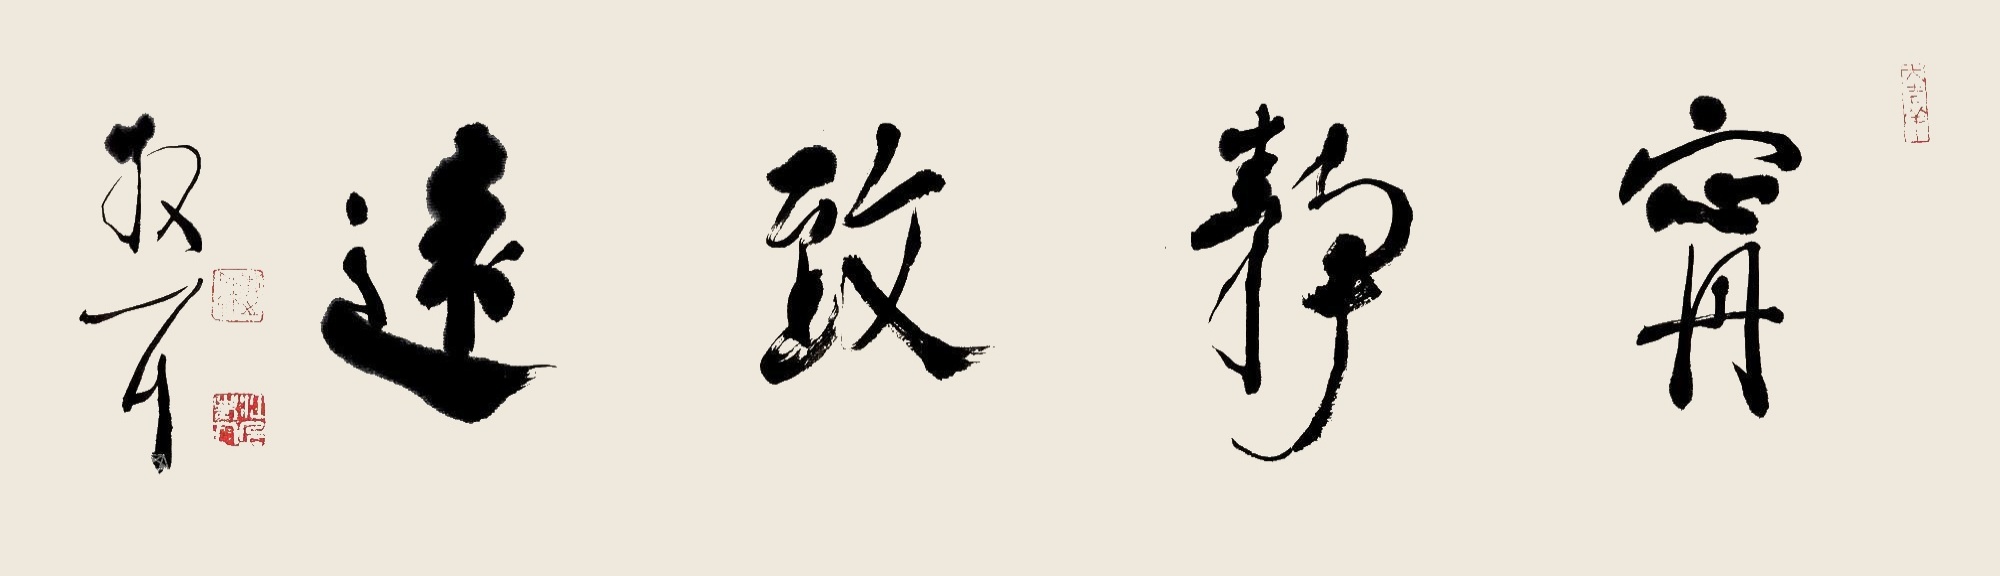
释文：宁静致远。散耳。